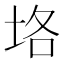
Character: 垎